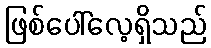
ဖြစ်ပေါ်လေ့ရှိသည်